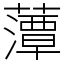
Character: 藫